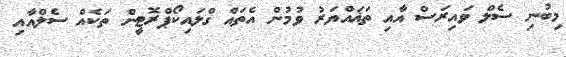
މިބުނި ސެލް ވައިރަސް އާއި ތަޣައްޔަރު ވުމުން އެތައް ގްލައިކޯޕްރޮޓީން ތަކެއް ސެލްއާއި